Medical and sanitary report of the native army of Madras for the year
Year: 1876
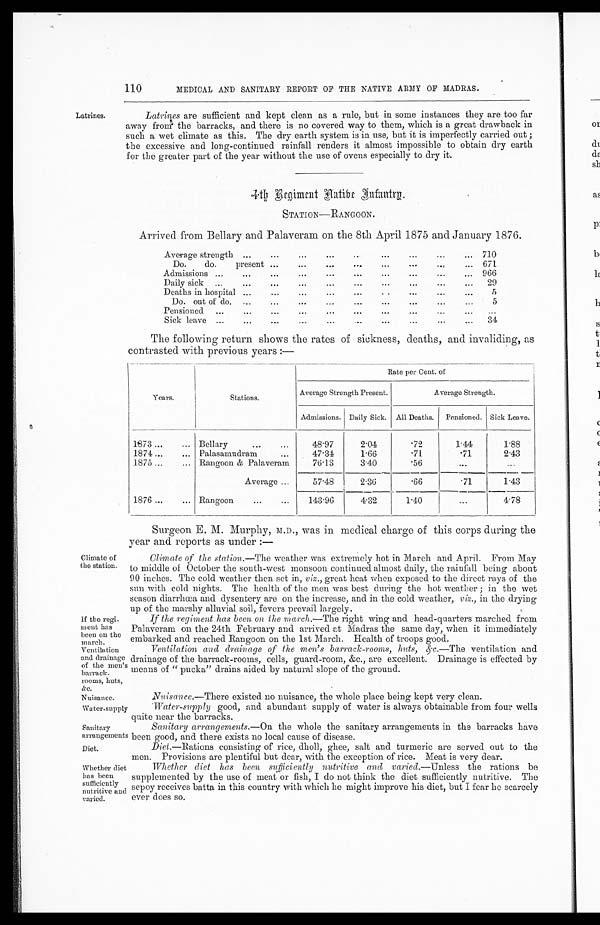
Latrines.
110
MEDICAL AND SANITARY REPORT OF THE NATIVE ARMY OF MADRAS.
Latrines are sufficient and kept clean as a rule, but in some instances they are too far
away from the barracks, and there is no covered way to them, which is a great drawback in
such a wet climate as this. The dry earth system is in use, but it is imperfectly carried out;
the excessive and long-continued rainfall renders it almost impossible to obtain dry earth
for the greater part of the year without the use of ovens especially to dry it.
STATION—RANGOON.
Arrived from B diary and Palaveram on the 8th April 1875 and January 1876.
Average strength
...
...
...
...
...
...
...
... 710
Do.
do.
present ...
...
...
...
...
... 671
Admissions ...
...
...
...
...
...
...
... 966
Daily sick
...
...
.
...
...
...
...
...
...
2 9
Deaths in hospital ...
...
...
...
...
...
...
5
Do. out of do.
...
...
...
...
...
...
...
...
..
5
Pensioned
...
...
...
...
...
...
...
...
...
...
Sick leave ...
...
.
...
...
...
...
...
...
...
34
The following return shows the rates of sickness, deaths, and invaliding, as
contrasted with previous years :—
Years.
Stations .
Rate per Cent. of
Average Strength Present.
Average Strength.
Admissions. Daily Sick.
All Deaths.
Pensioned. Sick Leave.
1873 ...
... Bellary
...
...
48·97
2·04
· 72
1·44
1·88
1874...
... Palasamudram
...
47.31
1·66
·'71
· 7 1
2.43
1875 ...
... Rangoon & Palaveram
76·13
3·40
·56
...
Average ...
57·48
2·36
·66
· ' 7 1 1·43
1876 ...
Rangoon
...
...
143·96
4·32
1·40
4·78
Climate of
the station.
If the regi-
ment has
been on the
march.
Ventilation
and drainage
of the men's
barrack.
rooms, huts,
&c.
Nuisance.
Water-supply
Sanitary
arrangements
Diet.
Whether diet
has been
sufficiently
nutritive and
varied.
Surgeon E. M. Murphy, M.D., was in medical charge of this corps during the
year and reports as under:—
Climate of the station.—The weather was extremely hot in March and April. From May
to middle of October the south-west monsoon continued almost daily, the rainfall being about
90 inches. The cold weather then set in, viz ., great heat when exposed to the direct rays of the
sun with cold nights. The health of the men was best during the hot weather; in the wet
season diarrhoea and dysentery are on the increase, and in the cold weather, viz., in the drying
up of the marshy alluvial soil, fevers prevail largely.
If the regiment has been on the march.—The right wing and head-quarters marched from
Palaveram on the 24th February and arrived at Madras the same day, when it immediately
embarked and reached Rangoon on the 1st March. Health of troops good.
Ventilation and drainage of the men's barrack-rooms, huts, &c. .—The ventilation and
drainage of the barrack-rooms, cells, guard-room, &c., are excellent. Drainage is effected by
means of "pucka" drains aided by natural slope of the ground.
•
Nuisance.—There existed no nuisance, the whole place being kept very clean.
'Water-supply good, and abundant supply of water is always obtainable from four wells
quite near the barracks.
Sanitary arrangements.—On the whole the sanitary arrangements in the barracks have
been good, and there exists no local cause of disease.
Diet.—Rations consisting of rice, dholl, ghee, salt and turmeric are served out to the
men. Provisions are plentiful but dear, with the exception of rice. Meat is very dear.
whether diet has been sufficiently nutritive and varied.—Unless the rations be
supplemented by the use of meat or fish, I do not think the diet sufficiently nutritive. The
sepoy receives batta in this country with which he might improve his diet, but I fear he scarcely
ever does so.